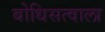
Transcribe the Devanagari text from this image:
बोधिसत्वाला